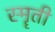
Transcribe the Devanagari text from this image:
स्मॄती